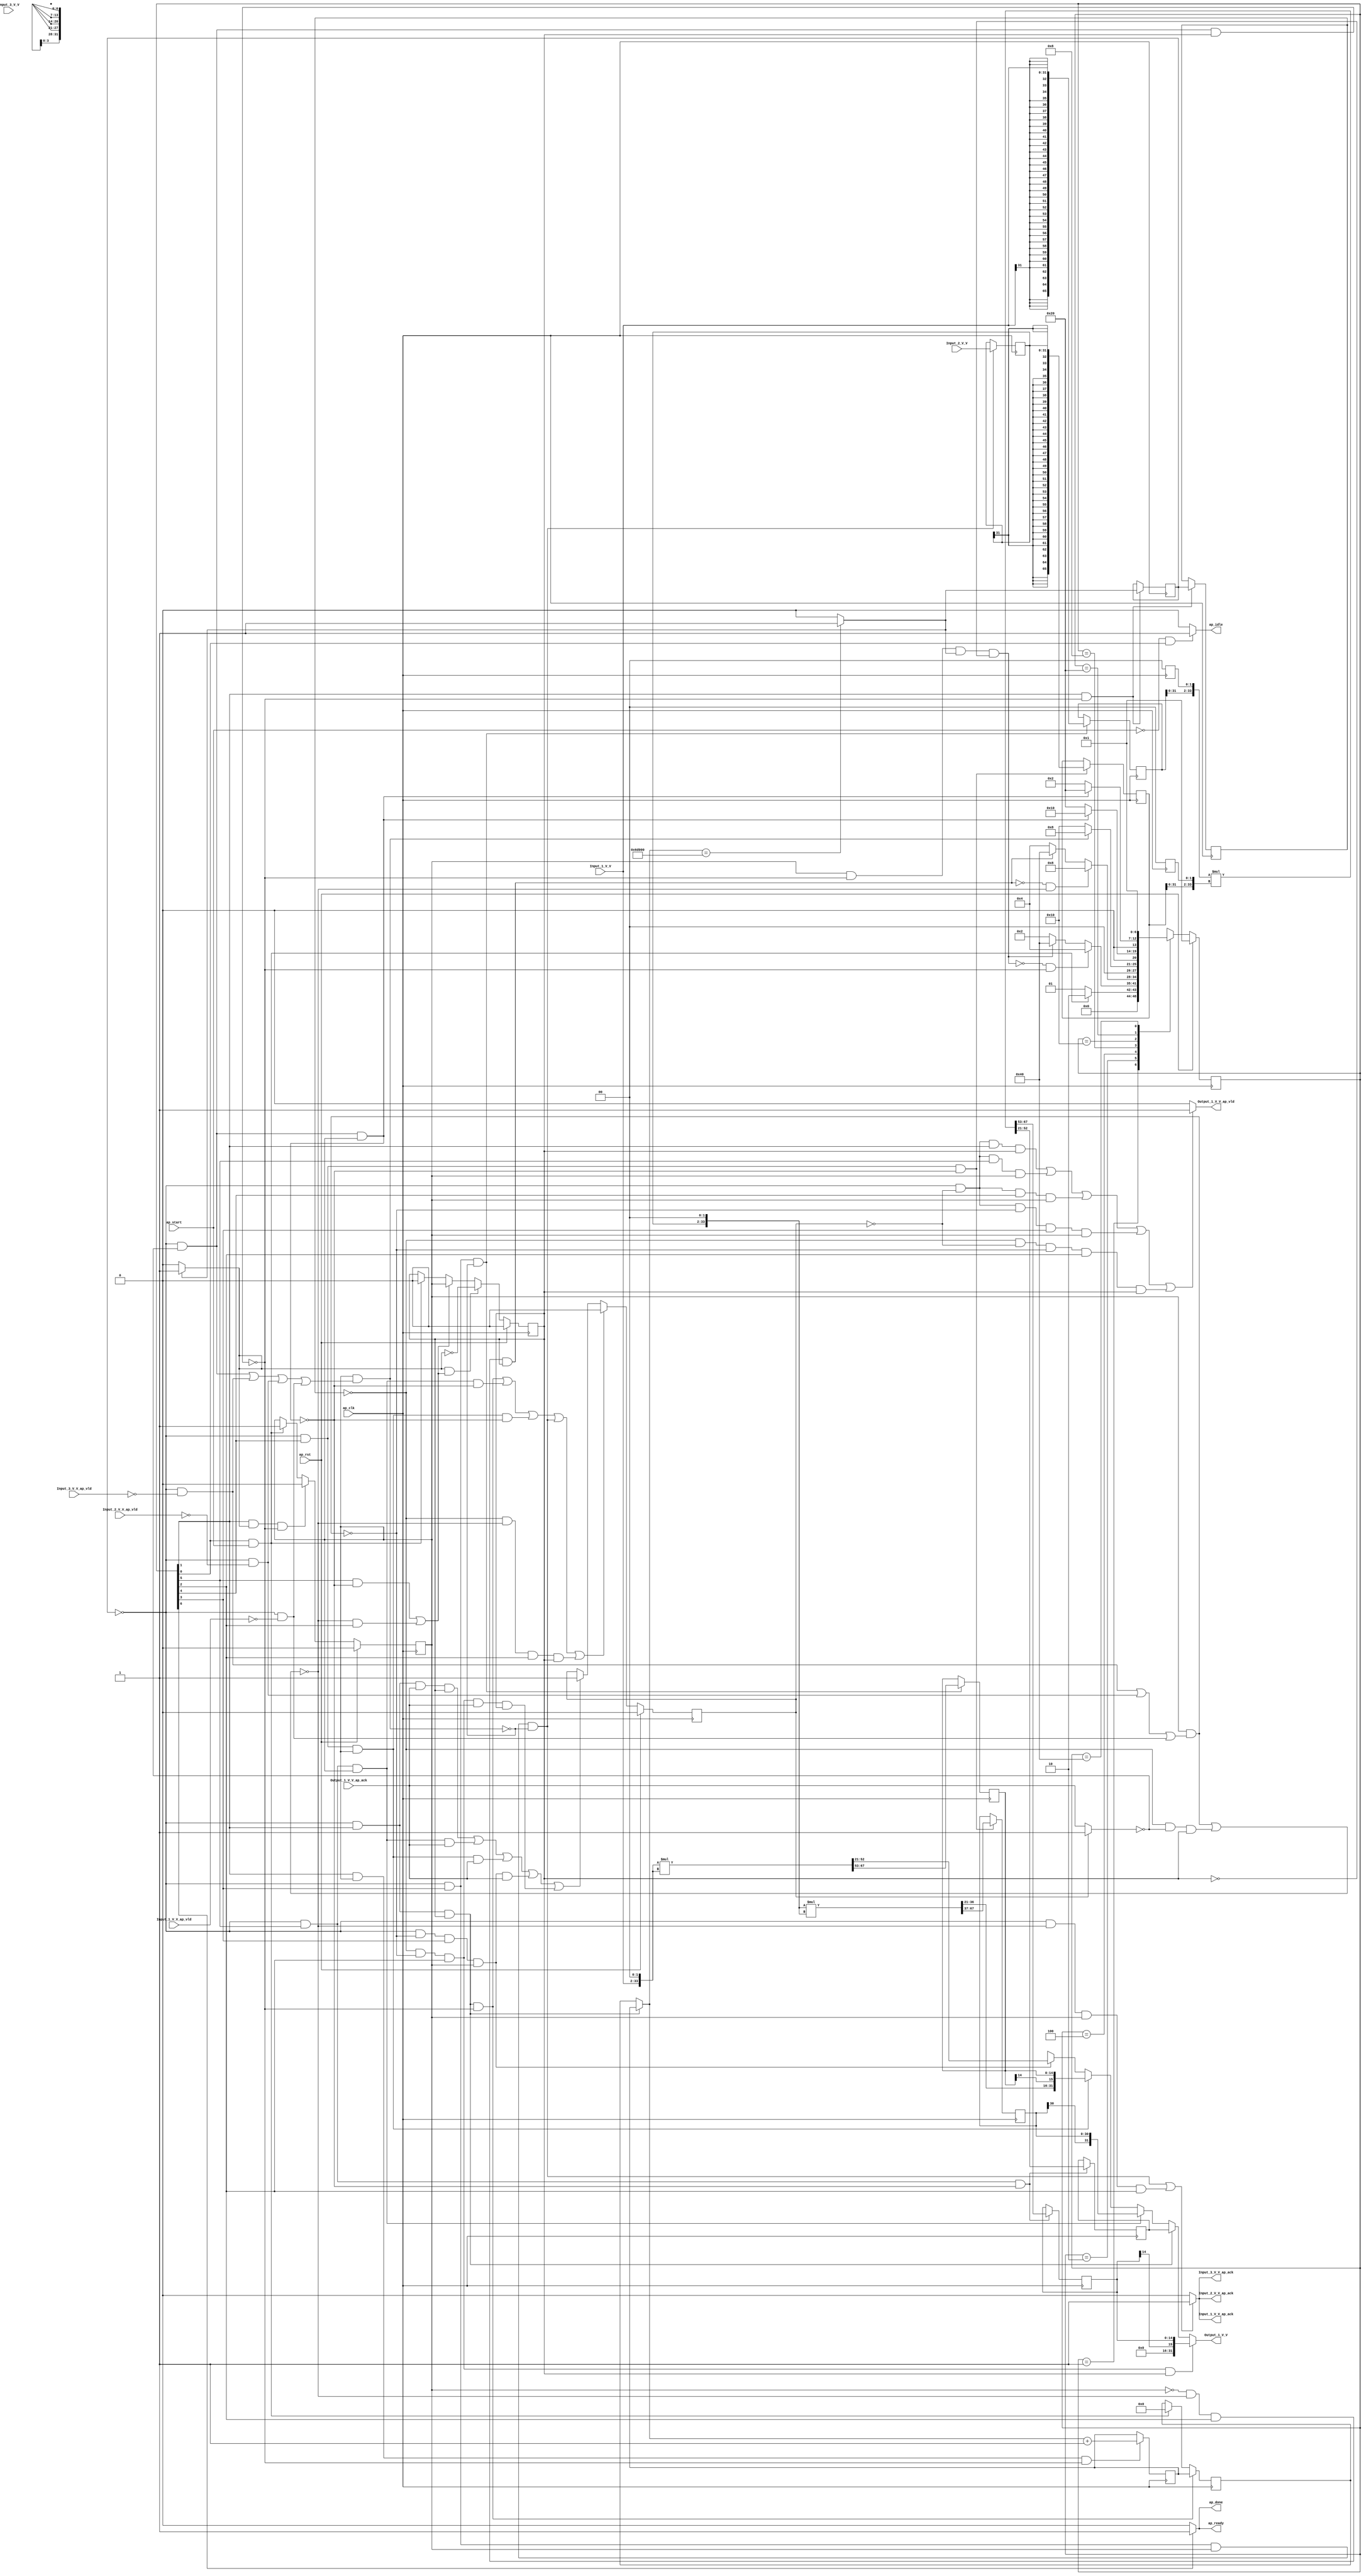
// ==============================================================
// RTL generated by Vivado(TM) HLS - High-Level Synthesis from C, C++ and SystemC
// Version: 2018.2
// Copyright (C) 1986-2018 Xilinx, Inc. All Rights Reserved.
// 
// ===========================================================

`timescale 1 ns / 1 ps 

(* CORE_GENERATION_INFO="outer_product1,hls_ip_2018_2,{HLS_INPUT_TYPE=cxx,HLS_INPUT_FLOAT=0,HLS_INPUT_FIXED=1,HLS_INPUT_PART=xczu9eg-ffvb1156-2-i,HLS_INPUT_CLOCK=10.000000,HLS_INPUT_ARCH=others,HLS_SYN_CLOCK=3.410000,HLS_SYN_LAT=2232323,HLS_SYN_TPT=none,HLS_SYN_MEM=0,HLS_SYN_DSP=12,HLS_SYN_FF=307,HLS_SYN_LUT=286,HLS_VERSION=2018_2}" *)

module outer_product1 (
        ap_clk,
        ap_rst,
        ap_start,
        ap_done,
        ap_idle,
        ap_ready,
        Input_1_V_V,
        Input_1_V_V_ap_vld,
        Input_1_V_V_ap_ack,
        Input_2_V_V,
        Input_2_V_V_ap_vld,
        Input_2_V_V_ap_ack,
        Input_3_V_V,
        Input_3_V_V_ap_vld,
        Input_3_V_V_ap_ack,
        Output_1_V_V,
        Output_1_V_V_ap_vld,
        Output_1_V_V_ap_ack
);

parameter    ap_ST_fsm_state1 = 7'd1;
parameter    ap_ST_fsm_pp0_stage0 = 7'd2;
parameter    ap_ST_fsm_pp0_stage1 = 7'd4;
parameter    ap_ST_fsm_pp0_stage2 = 7'd8;
parameter    ap_ST_fsm_pp0_stage3 = 7'd16;
parameter    ap_ST_fsm_pp0_stage4 = 7'd32;
parameter    ap_ST_fsm_state9 = 7'd64;

input   ap_clk;
input   ap_rst;
input   ap_start;
output   ap_done;
output   ap_idle;
output   ap_ready;
input  [31:0] Input_1_V_V;
input   Input_1_V_V_ap_vld;
output   Input_1_V_V_ap_ack;
input  [31:0] Input_2_V_V;
input   Input_2_V_V_ap_vld;
output   Input_2_V_V_ap_ack;
input  [31:0] Input_3_V_V;
input   Input_3_V_V_ap_vld;
output   Input_3_V_V_ap_ack;
output  [31:0] Output_1_V_V;
output   Output_1_V_V_ap_vld;
input   Output_1_V_V_ap_ack;

reg ap_done;
reg ap_idle;
reg ap_ready;
reg Input_1_V_V_ap_ack;
reg Input_2_V_V_ap_ack;
reg Input_3_V_V_ap_ack;
reg[31:0] Output_1_V_V;
reg Output_1_V_V_ap_vld;

(* fsm_encoding = "none" *) reg   [6:0] ap_CS_fsm;
wire    ap_CS_fsm_state1;
reg    Input_1_V_V_blk_n;
wire    ap_CS_fsm_pp0_stage1;
reg    ap_enable_reg_pp0_iter0;
wire    ap_block_pp0_stage1;
reg   [0:0] exitcond_flatten_reg_250;
wire    ap_CS_fsm_pp0_stage2;
wire    ap_block_pp0_stage2;
reg    Input_2_V_V_blk_n;
reg    Input_3_V_V_blk_n;
reg    Output_1_V_V_blk_n;
wire    ap_CS_fsm_pp0_stage3;
wire    ap_block_pp0_stage3;
wire    ap_CS_fsm_pp0_stage4;
wire    ap_block_pp0_stage4;
wire    ap_CS_fsm_pp0_stage0;
reg    ap_enable_reg_pp0_iter1;
wire    ap_block_pp0_stage0;
reg   [0:0] exitcond_flatten_reg_250_pp0_iter1_reg;
reg   [18:0] indvar_flatten_reg_99;
wire   [0:0] exitcond_flatten_fu_110_p2;
wire    ap_block_state2_pp0_stage0_iter0;
wire    ap_block_state7_pp0_stage0_iter1;
reg    ap_sig_ioackin_Output_1_V_V_ap_ack;
reg    ap_block_state7_io;
reg    ap_block_pp0_stage0_11001;
wire   [18:0] indvar_flatten_next_fu_116_p2;
reg   [18:0] indvar_flatten_next_reg_254;
reg   [31:0] tmp_V_6_reg_259;
reg    ap_block_state4_pp0_stage2_iter0;
reg    ap_block_state4_io;
reg    ap_block_pp0_stage2_11001;
wire  signed [67:0] OP1_V_cast_fu_130_p1;
reg  signed [67:0] OP1_V_cast_reg_264;
reg   [14:0] tmp_reg_269;
wire  signed [67:0] OP1_V_1_cast_fu_168_p1;
reg  signed [67:0] OP1_V_1_cast_reg_274;
wire    ap_block_state5_pp0_stage3_iter0;
reg    ap_block_state5_io;
reg    ap_block_pp0_stage3_11001;
reg   [30:0] tmp_2_reg_279;
reg   [31:0] loc_V_5_reg_284;
wire    ap_block_state6_pp0_stage4_iter0;
reg    ap_block_state6_io;
reg    ap_block_pp0_stage4_11001;
reg   [14:0] tmp_9_reg_289;
reg    ap_block_pp0_stage0_subdone;
reg    ap_condition_pp0_exit_iter0_state2;
reg    ap_block_pp0_stage4_subdone;
reg    ap_block_state3_pp0_stage1_iter0;
wire    ap_block_state8_pp0_stage1_iter1;
reg    ap_block_state8_io;
reg    ap_block_pp0_stage1_subdone;
reg   [18:0] ap_phi_mux_indvar_flatten_phi_fu_103_p4;
reg    ap_block_pp0_stage1_11001;
reg    ap_block_pp0_stage2_01001;
wire   [31:0] loc_V_3_fu_191_p3;
wire    ap_block_pp0_stage3_01001;
wire  signed [31:0] loc_V_4_fu_214_p1;
wire    ap_block_pp0_stage4_01001;
wire    ap_block_pp0_stage0_01001;
wire   [31:0] loc_V_6_fu_241_p3;
reg    ap_block_pp0_stage1_01001;
reg    ap_reg_ioackin_Output_1_V_V_ap_ack;
wire   [33:0] tmp_1_fu_122_p3;
wire  signed [33:0] p_Val2_2_fu_134_p0;
wire  signed [33:0] p_Val2_2_fu_134_p1;
wire   [67:0] p_Val2_2_fu_134_p2;
wire   [33:0] tmp_3_fu_161_p3;
wire  signed [33:0] p_Val2_3_fu_172_p0;
wire  signed [33:0] p_Val2_3_fu_172_p1;
wire   [67:0] p_Val2_3_fu_172_p2;
wire   [15:0] tmp_7_fu_181_p4;
wire  signed [15:0] tmp_6_fu_178_p1;
wire  signed [33:0] p_Val2_4_fu_210_p0;
wire  signed [33:0] p_Val2_4_fu_210_p1;
wire   [67:0] p_Val2_4_fu_210_p2;
wire  signed [15:0] tmp_8_fu_238_p1;
wire    ap_CS_fsm_state9;
reg   [6:0] ap_NS_fsm;
reg    ap_block_pp0_stage2_subdone;
reg    ap_block_pp0_stage3_subdone;
reg    ap_idle_pp0;
wire    ap_enable_pp0;

// power-on initialization
initial begin
#0 ap_CS_fsm = 7'd1;
#0 ap_enable_reg_pp0_iter0 = 1'b0;
#0 ap_enable_reg_pp0_iter1 = 1'b0;
#0 ap_reg_ioackin_Output_1_V_V_ap_ack = 1'b0;
end

always @ (posedge ap_clk) begin
    if (ap_rst == 1'b1) begin
        ap_CS_fsm <= ap_ST_fsm_state1;
    end else begin
        ap_CS_fsm <= ap_NS_fsm;
    end
end

always @ (posedge ap_clk) begin
    if (ap_rst == 1'b1) begin
        ap_enable_reg_pp0_iter0 <= 1'b0;
    end else begin
        if (((1'b1 == ap_CS_fsm_pp0_stage0) & (1'b1 == ap_condition_pp0_exit_iter0_state2) & (1'b0 == ap_block_pp0_stage0_subdone))) begin
            ap_enable_reg_pp0_iter0 <= 1'b0;
        end else if (((1'b1 == ap_CS_fsm_state1) & (ap_start == 1'b1))) begin
            ap_enable_reg_pp0_iter0 <= 1'b1;
        end
    end
end

always @ (posedge ap_clk) begin
    if (ap_rst == 1'b1) begin
        ap_enable_reg_pp0_iter1 <= 1'b0;
    end else begin
        if (((1'b1 == ap_condition_pp0_exit_iter0_state2) & (((1'b1 == ap_CS_fsm_pp0_stage4) & (1'b0 == ap_block_pp0_stage4_subdone)) | ((1'b0 == ap_block_pp0_stage1_subdone) & (1'b1 == ap_CS_fsm_pp0_stage1))))) begin
            ap_enable_reg_pp0_iter1 <= (1'b1 ^ ap_condition_pp0_exit_iter0_state2);
        end else if ((((1'b1 == ap_CS_fsm_pp0_stage4) & (1'b0 == ap_block_pp0_stage4_subdone)) | ((1'b0 == ap_block_pp0_stage1_subdone) & (1'b1 == ap_CS_fsm_pp0_stage1)))) begin
            ap_enable_reg_pp0_iter1 <= ap_enable_reg_pp0_iter0;
        end else if (((1'b1 == ap_CS_fsm_state1) & (ap_start == 1'b1))) begin
            ap_enable_reg_pp0_iter1 <= 1'b0;
        end
    end
end

always @ (posedge ap_clk) begin
    if (ap_rst == 1'b1) begin
        ap_reg_ioackin_Output_1_V_V_ap_ack <= 1'b0;
    end else begin
        if ((((exitcond_flatten_reg_250 == 1'd0) & (1'b1 == ap_CS_fsm_pp0_stage0) & (ap_enable_reg_pp0_iter1 == 1'b1) & (1'b0 == ap_block_pp0_stage0_11001)) | ((exitcond_flatten_reg_250 == 1'd0) & (1'b1 == ap_CS_fsm_pp0_stage4) & (ap_enable_reg_pp0_iter0 == 1'b1) & (1'b0 == ap_block_pp0_stage4_11001)) | ((exitcond_flatten_reg_250 == 1'd0) & (1'b1 == ap_CS_fsm_pp0_stage3) & (ap_enable_reg_pp0_iter0 == 1'b1) & (1'b0 == ap_block_pp0_stage3_11001)) | ((exitcond_flatten_reg_250 == 1'd0) & (1'b1 == ap_CS_fsm_pp0_stage2) & (ap_enable_reg_pp0_iter0 == 1'b1) & (1'b0 == ap_block_pp0_stage2_11001)) | ((exitcond_flatten_reg_250_pp0_iter1_reg == 1'd0) & (1'b0 == ap_block_pp0_stage1_11001) & (1'b1 == ap_CS_fsm_pp0_stage1) & (ap_enable_reg_pp0_iter1 == 1'b1)))) begin
            ap_reg_ioackin_Output_1_V_V_ap_ack <= 1'b0;
        end else if ((((exitcond_flatten_reg_250 == 1'd0) & (1'b0 == ap_block_pp0_stage0_01001) & (1'b1 == ap_CS_fsm_pp0_stage0) & (1'b1 == Output_1_V_V_ap_ack) & (ap_enable_reg_pp0_iter1 == 1'b1)) | ((exitcond_flatten_reg_250 == 1'd0) & (1'b0 == ap_block_pp0_stage4_01001) & (1'b1 == ap_CS_fsm_pp0_stage4) & (ap_enable_reg_pp0_iter0 == 1'b1) & (1'b1 == Output_1_V_V_ap_ack)) | ((exitcond_flatten_reg_250 == 1'd0) & (1'b0 == ap_block_pp0_stage3_01001) & (1'b1 == ap_CS_fsm_pp0_stage3) & (ap_enable_reg_pp0_iter0 == 1'b1) & (1'b1 == Output_1_V_V_ap_ack)) | ((exitcond_flatten_reg_250 == 1'd0) & (1'b0 == ap_block_pp0_stage2_01001) & (1'b1 == ap_CS_fsm_pp0_stage2) & (ap_enable_reg_pp0_iter0 == 1'b1) & (1'b1 == Output_1_V_V_ap_ack)) | ((exitcond_flatten_reg_250_pp0_iter1_reg == 1'd0) & (1'b0 == ap_block_pp0_stage1_01001) & (1'b1 == ap_CS_fsm_pp0_stage1) & (1'b1 == Output_1_V_V_ap_ack) & (ap_enable_reg_pp0_iter1 == 1'b1)))) begin
            ap_reg_ioackin_Output_1_V_V_ap_ack <= 1'b1;
        end
    end
end

always @ (posedge ap_clk) begin
    if (((exitcond_flatten_reg_250 == 1'd0) & (1'b1 == ap_CS_fsm_pp0_stage0) & (ap_enable_reg_pp0_iter1 == 1'b1) & (1'b0 == ap_block_pp0_stage0_11001))) begin
        indvar_flatten_reg_99 <= indvar_flatten_next_reg_254;
    end else if (((1'b1 == ap_CS_fsm_state1) & (ap_start == 1'b1))) begin
        indvar_flatten_reg_99 <= 19'd0;
    end
end

always @ (posedge ap_clk) begin
    if (((exitcond_flatten_reg_250 == 1'd0) & (1'b1 == ap_CS_fsm_pp0_stage3) & (1'b0 == ap_block_pp0_stage3_11001))) begin
        OP1_V_1_cast_reg_274[67 : 2] <= OP1_V_1_cast_fu_168_p1[67 : 2];
        tmp_2_reg_279 <= {{p_Val2_3_fu_172_p2[67:37]}};
    end
end

always @ (posedge ap_clk) begin
    if (((exitcond_flatten_reg_250 == 1'd0) & (1'b1 == ap_CS_fsm_pp0_stage2) & (1'b0 == ap_block_pp0_stage2_11001))) begin
        OP1_V_cast_reg_264[67 : 2] <= OP1_V_cast_fu_130_p1[67 : 2];
        tmp_reg_269 <= {{p_Val2_2_fu_134_p2[67:53]}};
    end
end

always @ (posedge ap_clk) begin
    if (((1'b1 == ap_CS_fsm_pp0_stage0) & (1'b0 == ap_block_pp0_stage0_11001))) begin
        exitcond_flatten_reg_250 <= exitcond_flatten_fu_110_p2;
        exitcond_flatten_reg_250_pp0_iter1_reg <= exitcond_flatten_reg_250;
    end
end

always @ (posedge ap_clk) begin
    if (((1'b1 == ap_CS_fsm_pp0_stage0) & (ap_enable_reg_pp0_iter0 == 1'b1) & (1'b0 == ap_block_pp0_stage0_11001))) begin
        indvar_flatten_next_reg_254 <= indvar_flatten_next_fu_116_p2;
    end
end

always @ (posedge ap_clk) begin
    if (((exitcond_flatten_reg_250 == 1'd0) & (1'b1 == ap_CS_fsm_pp0_stage4) & (1'b0 == ap_block_pp0_stage4_11001))) begin
        loc_V_5_reg_284 <= {{p_Val2_4_fu_210_p2[52:21]}};
        tmp_9_reg_289 <= {{p_Val2_4_fu_210_p2[67:53]}};
    end
end

always @ (posedge ap_clk) begin
    if (((exitcond_flatten_reg_250 == 1'd0) & (1'b1 == ap_CS_fsm_pp0_stage2) & (ap_enable_reg_pp0_iter0 == 1'b1) & (1'b0 == ap_block_pp0_stage2_11001))) begin
        tmp_V_6_reg_259 <= Input_2_V_V;
    end
end

always @ (*) begin
    if ((((exitcond_flatten_reg_250 == 1'd0) & (1'b1 == ap_CS_fsm_pp0_stage2) & (ap_enable_reg_pp0_iter0 == 1'b1) & (1'b0 == ap_block_pp0_stage2_11001)) | ((exitcond_flatten_reg_250 == 1'd0) & (1'b0 == ap_block_pp0_stage1_11001) & (ap_enable_reg_pp0_iter0 == 1'b1) & (1'b1 == ap_CS_fsm_pp0_stage1)))) begin
        Input_1_V_V_ap_ack = 1'b1;
    end else begin
        Input_1_V_V_ap_ack = 1'b0;
    end
end

always @ (*) begin
    if ((((1'b0 == ap_block_pp0_stage2) & (exitcond_flatten_reg_250 == 1'd0) & (1'b1 == ap_CS_fsm_pp0_stage2) & (ap_enable_reg_pp0_iter0 == 1'b1)) | ((exitcond_flatten_reg_250 == 1'd0) & (1'b0 == ap_block_pp0_stage1) & (ap_enable_reg_pp0_iter0 == 1'b1) & (1'b1 == ap_CS_fsm_pp0_stage1)))) begin
        Input_1_V_V_blk_n = Input_1_V_V_ap_vld;
    end else begin
        Input_1_V_V_blk_n = 1'b1;
    end
end

always @ (*) begin
    if ((((exitcond_flatten_reg_250 == 1'd0) & (1'b1 == ap_CS_fsm_pp0_stage2) & (ap_enable_reg_pp0_iter0 == 1'b1) & (1'b0 == ap_block_pp0_stage2_11001)) | ((exitcond_flatten_reg_250 == 1'd0) & (1'b0 == ap_block_pp0_stage1_11001) & (ap_enable_reg_pp0_iter0 == 1'b1) & (1'b1 == ap_CS_fsm_pp0_stage1)))) begin
        Input_2_V_V_ap_ack = 1'b1;
    end else begin
        Input_2_V_V_ap_ack = 1'b0;
    end
end

always @ (*) begin
    if ((((1'b0 == ap_block_pp0_stage2) & (exitcond_flatten_reg_250 == 1'd0) & (1'b1 == ap_CS_fsm_pp0_stage2) & (ap_enable_reg_pp0_iter0 == 1'b1)) | ((exitcond_flatten_reg_250 == 1'd0) & (1'b0 == ap_block_pp0_stage1) & (ap_enable_reg_pp0_iter0 == 1'b1) & (1'b1 == ap_CS_fsm_pp0_stage1)))) begin
        Input_2_V_V_blk_n = Input_2_V_V_ap_vld;
    end else begin
        Input_2_V_V_blk_n = 1'b1;
    end
end

always @ (*) begin
    if ((((exitcond_flatten_reg_250 == 1'd0) & (1'b1 == ap_CS_fsm_pp0_stage2) & (ap_enable_reg_pp0_iter0 == 1'b1) & (1'b0 == ap_block_pp0_stage2_11001)) | ((exitcond_flatten_reg_250 == 1'd0) & (1'b0 == ap_block_pp0_stage1_11001) & (ap_enable_reg_pp0_iter0 == 1'b1) & (1'b1 == ap_CS_fsm_pp0_stage1)))) begin
        Input_3_V_V_ap_ack = 1'b1;
    end else begin
        Input_3_V_V_ap_ack = 1'b0;
    end
end

always @ (*) begin
    if ((((1'b0 == ap_block_pp0_stage2) & (exitcond_flatten_reg_250 == 1'd0) & (1'b1 == ap_CS_fsm_pp0_stage2) & (ap_enable_reg_pp0_iter0 == 1'b1)) | ((exitcond_flatten_reg_250 == 1'd0) & (1'b0 == ap_block_pp0_stage1) & (ap_enable_reg_pp0_iter0 == 1'b1) & (1'b1 == ap_CS_fsm_pp0_stage1)))) begin
        Input_3_V_V_blk_n = Input_3_V_V_ap_vld;
    end else begin
        Input_3_V_V_blk_n = 1'b1;
    end
end

always @ (*) begin
    if (((exitcond_flatten_reg_250_pp0_iter1_reg == 1'd0) & (1'b0 == ap_block_pp0_stage1_01001) & (1'b1 == ap_CS_fsm_pp0_stage1) & (ap_enable_reg_pp0_iter1 == 1'b1))) begin
        Output_1_V_V = loc_V_6_fu_241_p3;
    end else if (((exitcond_flatten_reg_250 == 1'd0) & (1'b0 == ap_block_pp0_stage0_01001) & (1'b1 == ap_CS_fsm_pp0_stage0) & (ap_enable_reg_pp0_iter1 == 1'b1))) begin
        Output_1_V_V = loc_V_5_reg_284;
    end else if (((exitcond_flatten_reg_250 == 1'd0) & (1'b0 == ap_block_pp0_stage4_01001) & (1'b1 == ap_CS_fsm_pp0_stage4) & (ap_enable_reg_pp0_iter0 == 1'b1))) begin
        Output_1_V_V = loc_V_4_fu_214_p1;
    end else if (((exitcond_flatten_reg_250 == 1'd0) & (1'b0 == ap_block_pp0_stage3_01001) & (1'b1 == ap_CS_fsm_pp0_stage3) & (ap_enable_reg_pp0_iter0 == 1'b1))) begin
        Output_1_V_V = loc_V_3_fu_191_p3;
    end else if (((exitcond_flatten_reg_250 == 1'd0) & (1'b0 == ap_block_pp0_stage2_01001) & (1'b1 == ap_CS_fsm_pp0_stage2) & (ap_enable_reg_pp0_iter0 == 1'b1))) begin
        Output_1_V_V = {{p_Val2_2_fu_134_p2[52:21]}};
    end else begin
        Output_1_V_V = 'bx;
    end
end

always @ (*) begin
    if ((((exitcond_flatten_reg_250 == 1'd0) & (ap_reg_ioackin_Output_1_V_V_ap_ack == 1'b0) & (1'b0 == ap_block_pp0_stage0_01001) & (1'b1 == ap_CS_fsm_pp0_stage0) & (ap_enable_reg_pp0_iter1 == 1'b1)) | ((exitcond_flatten_reg_250 == 1'd0) & (ap_reg_ioackin_Output_1_V_V_ap_ack == 1'b0) & (1'b0 == ap_block_pp0_stage4_01001) & (1'b1 == ap_CS_fsm_pp0_stage4) & (ap_enable_reg_pp0_iter0 == 1'b1)) | ((exitcond_flatten_reg_250 == 1'd0) & (ap_reg_ioackin_Output_1_V_V_ap_ack == 1'b0) & (1'b0 == ap_block_pp0_stage3_01001) & (1'b1 == ap_CS_fsm_pp0_stage3) & (ap_enable_reg_pp0_iter0 == 1'b1)) | ((exitcond_flatten_reg_250 == 1'd0) & (ap_reg_ioackin_Output_1_V_V_ap_ack == 1'b0) & (1'b0 == ap_block_pp0_stage2_01001) & (1'b1 == ap_CS_fsm_pp0_stage2) & (ap_enable_reg_pp0_iter0 == 1'b1)) | ((exitcond_flatten_reg_250_pp0_iter1_reg == 1'd0) & (ap_reg_ioackin_Output_1_V_V_ap_ack == 1'b0) & (1'b0 == ap_block_pp0_stage1_01001) & (1'b1 == ap_CS_fsm_pp0_stage1) & (ap_enable_reg_pp0_iter1 == 1'b1)))) begin
        Output_1_V_V_ap_vld = 1'b1;
    end else begin
        Output_1_V_V_ap_vld = 1'b0;
    end
end

always @ (*) begin
    if ((((exitcond_flatten_reg_250 == 1'd0) & (1'b1 == ap_CS_fsm_pp0_stage0) & (ap_enable_reg_pp0_iter1 == 1'b1) & (1'b0 == ap_block_pp0_stage0)) | ((1'b0 == ap_block_pp0_stage4) & (exitcond_flatten_reg_250 == 1'd0) & (1'b1 == ap_CS_fsm_pp0_stage4) & (ap_enable_reg_pp0_iter0 == 1'b1)) | ((1'b0 == ap_block_pp0_stage3) & (exitcond_flatten_reg_250 == 1'd0) & (1'b1 == ap_CS_fsm_pp0_stage3) & (ap_enable_reg_pp0_iter0 == 1'b1)) | ((1'b0 == ap_block_pp0_stage2) & (exitcond_flatten_reg_250 == 1'd0) & (1'b1 == ap_CS_fsm_pp0_stage2) & (ap_enable_reg_pp0_iter0 == 1'b1)) | ((exitcond_flatten_reg_250_pp0_iter1_reg == 1'd0) & (1'b0 == ap_block_pp0_stage1) & (1'b1 == ap_CS_fsm_pp0_stage1) & (ap_enable_reg_pp0_iter1 == 1'b1)))) begin
        Output_1_V_V_blk_n = Output_1_V_V_ap_ack;
    end else begin
        Output_1_V_V_blk_n = 1'b1;
    end
end

always @ (*) begin
    if ((exitcond_flatten_fu_110_p2 == 1'd1)) begin
        ap_condition_pp0_exit_iter0_state2 = 1'b1;
    end else begin
        ap_condition_pp0_exit_iter0_state2 = 1'b0;
    end
end

always @ (*) begin
    if ((1'b1 == ap_CS_fsm_state9)) begin
        ap_done = 1'b1;
    end else begin
        ap_done = 1'b0;
    end
end

always @ (*) begin
    if (((ap_start == 1'b0) & (1'b1 == ap_CS_fsm_state1))) begin
        ap_idle = 1'b1;
    end else begin
        ap_idle = 1'b0;
    end
end

always @ (*) begin
    if (((ap_enable_reg_pp0_iter0 == 1'b0) & (ap_enable_reg_pp0_iter1 == 1'b0))) begin
        ap_idle_pp0 = 1'b1;
    end else begin
        ap_idle_pp0 = 1'b0;
    end
end

always @ (*) begin
    if (((exitcond_flatten_reg_250 == 1'd0) & (1'b1 == ap_CS_fsm_pp0_stage0) & (ap_enable_reg_pp0_iter1 == 1'b1) & (1'b0 == ap_block_pp0_stage0))) begin
        ap_phi_mux_indvar_flatten_phi_fu_103_p4 = indvar_flatten_next_reg_254;
    end else begin
        ap_phi_mux_indvar_flatten_phi_fu_103_p4 = indvar_flatten_reg_99;
    end
end

always @ (*) begin
    if ((1'b1 == ap_CS_fsm_state9)) begin
        ap_ready = 1'b1;
    end else begin
        ap_ready = 1'b0;
    end
end

always @ (*) begin
    if ((ap_reg_ioackin_Output_1_V_V_ap_ack == 1'b0)) begin
        ap_sig_ioackin_Output_1_V_V_ap_ack = Output_1_V_V_ap_ack;
    end else begin
        ap_sig_ioackin_Output_1_V_V_ap_ack = 1'b1;
    end
end

always @ (*) begin
    case (ap_CS_fsm)
        ap_ST_fsm_state1 : begin
            if (((1'b1 == ap_CS_fsm_state1) & (ap_start == 1'b1))) begin
                ap_NS_fsm = ap_ST_fsm_pp0_stage0;
            end else begin
                ap_NS_fsm = ap_ST_fsm_state1;
            end
        end
        ap_ST_fsm_pp0_stage0 : begin
            if ((~((ap_enable_reg_pp0_iter0 == 1'b1) & (1'b0 == ap_block_pp0_stage0_subdone) & (exitcond_flatten_fu_110_p2 == 1'd1) & (ap_enable_reg_pp0_iter1 == 1'b0)) & (1'b0 == ap_block_pp0_stage0_subdone))) begin
                ap_NS_fsm = ap_ST_fsm_pp0_stage1;
            end else if (((ap_enable_reg_pp0_iter0 == 1'b1) & (1'b0 == ap_block_pp0_stage0_subdone) & (exitcond_flatten_fu_110_p2 == 1'd1) & (ap_enable_reg_pp0_iter1 == 1'b0))) begin
                ap_NS_fsm = ap_ST_fsm_state9;
            end else begin
                ap_NS_fsm = ap_ST_fsm_pp0_stage0;
            end
        end
        ap_ST_fsm_pp0_stage1 : begin
            if ((~((ap_enable_reg_pp0_iter0 == 1'b0) & (1'b0 == ap_block_pp0_stage1_subdone) & (1'b1 == ap_CS_fsm_pp0_stage1) & (ap_enable_reg_pp0_iter1 == 1'b1)) & (1'b0 == ap_block_pp0_stage1_subdone))) begin
                ap_NS_fsm = ap_ST_fsm_pp0_stage2;
            end else if (((ap_enable_reg_pp0_iter0 == 1'b0) & (1'b0 == ap_block_pp0_stage1_subdone) & (1'b1 == ap_CS_fsm_pp0_stage1) & (ap_enable_reg_pp0_iter1 == 1'b1))) begin
                ap_NS_fsm = ap_ST_fsm_state9;
            end else begin
                ap_NS_fsm = ap_ST_fsm_pp0_stage1;
            end
        end
        ap_ST_fsm_pp0_stage2 : begin
            if ((1'b0 == ap_block_pp0_stage2_subdone)) begin
                ap_NS_fsm = ap_ST_fsm_pp0_stage3;
            end else begin
                ap_NS_fsm = ap_ST_fsm_pp0_stage2;
            end
        end
        ap_ST_fsm_pp0_stage3 : begin
            if ((1'b0 == ap_block_pp0_stage3_subdone)) begin
                ap_NS_fsm = ap_ST_fsm_pp0_stage4;
            end else begin
                ap_NS_fsm = ap_ST_fsm_pp0_stage3;
            end
        end
        ap_ST_fsm_pp0_stage4 : begin
            if ((1'b0 == ap_block_pp0_stage4_subdone)) begin
                ap_NS_fsm = ap_ST_fsm_pp0_stage0;
            end else begin
                ap_NS_fsm = ap_ST_fsm_pp0_stage4;
            end
        end
        ap_ST_fsm_state9 : begin
            ap_NS_fsm = ap_ST_fsm_state1;
        end
        default : begin
            ap_NS_fsm = 'bx;
        end
    endcase
end

assign OP1_V_1_cast_fu_168_p1 = $signed(tmp_3_fu_161_p3);

assign OP1_V_cast_fu_130_p1 = $signed(tmp_1_fu_122_p3);

assign ap_CS_fsm_pp0_stage0 = ap_CS_fsm[32'd1];

assign ap_CS_fsm_pp0_stage1 = ap_CS_fsm[32'd2];

assign ap_CS_fsm_pp0_stage2 = ap_CS_fsm[32'd3];

assign ap_CS_fsm_pp0_stage3 = ap_CS_fsm[32'd4];

assign ap_CS_fsm_pp0_stage4 = ap_CS_fsm[32'd5];

assign ap_CS_fsm_state1 = ap_CS_fsm[32'd0];

assign ap_CS_fsm_state9 = ap_CS_fsm[32'd6];

assign ap_block_pp0_stage0 = ~(1'b1 == 1'b1);

assign ap_block_pp0_stage0_01001 = ~(1'b1 == 1'b1);

always @ (*) begin
    ap_block_pp0_stage0_11001 = ((1'b1 == ap_block_state7_io) & (ap_enable_reg_pp0_iter1 == 1'b1));
end

always @ (*) begin
    ap_block_pp0_stage0_subdone = ((1'b1 == ap_block_state7_io) & (ap_enable_reg_pp0_iter1 == 1'b1));
end

assign ap_block_pp0_stage1 = ~(1'b1 == 1'b1);

always @ (*) begin
    ap_block_pp0_stage1_01001 = ((ap_enable_reg_pp0_iter0 == 1'b1) & (((exitcond_flatten_reg_250 == 1'd0) & (1'b0 == Input_3_V_V_ap_vld)) | ((exitcond_flatten_reg_250 == 1'd0) & (1'b0 == Input_2_V_V_ap_vld)) | ((exitcond_flatten_reg_250 == 1'd0) & (1'b0 == Input_1_V_V_ap_vld))));
end

always @ (*) begin
    ap_block_pp0_stage1_11001 = (((ap_enable_reg_pp0_iter0 == 1'b1) & (((exitcond_flatten_reg_250 == 1'd0) & (1'b0 == Input_3_V_V_ap_vld)) | ((exitcond_flatten_reg_250 == 1'd0) & (1'b0 == Input_2_V_V_ap_vld)) | ((exitcond_flatten_reg_250 == 1'd0) & (1'b0 == Input_1_V_V_ap_vld)))) | ((1'b1 == ap_block_state8_io) & (ap_enable_reg_pp0_iter1 == 1'b1)));
end

always @ (*) begin
    ap_block_pp0_stage1_subdone = (((ap_enable_reg_pp0_iter0 == 1'b1) & (((exitcond_flatten_reg_250 == 1'd0) & (1'b0 == Input_3_V_V_ap_vld)) | ((exitcond_flatten_reg_250 == 1'd0) & (1'b0 == Input_2_V_V_ap_vld)) | ((exitcond_flatten_reg_250 == 1'd0) & (1'b0 == Input_1_V_V_ap_vld)))) | ((1'b1 == ap_block_state8_io) & (ap_enable_reg_pp0_iter1 == 1'b1)));
end

assign ap_block_pp0_stage2 = ~(1'b1 == 1'b1);

always @ (*) begin
    ap_block_pp0_stage2_01001 = ((ap_enable_reg_pp0_iter0 == 1'b1) & (((exitcond_flatten_reg_250 == 1'd0) & (1'b0 == Input_3_V_V_ap_vld)) | ((exitcond_flatten_reg_250 == 1'd0) & (1'b0 == Input_2_V_V_ap_vld)) | ((exitcond_flatten_reg_250 == 1'd0) & (1'b0 == Input_1_V_V_ap_vld))));
end

always @ (*) begin
    ap_block_pp0_stage2_11001 = ((ap_enable_reg_pp0_iter0 == 1'b1) & ((1'b1 == ap_block_state4_io) | ((exitcond_flatten_reg_250 == 1'd0) & (1'b0 == Input_3_V_V_ap_vld)) | ((exitcond_flatten_reg_250 == 1'd0) & (1'b0 == Input_2_V_V_ap_vld)) | ((exitcond_flatten_reg_250 == 1'd0) & (1'b0 == Input_1_V_V_ap_vld))));
end

always @ (*) begin
    ap_block_pp0_stage2_subdone = ((ap_enable_reg_pp0_iter0 == 1'b1) & ((1'b1 == ap_block_state4_io) | ((exitcond_flatten_reg_250 == 1'd0) & (1'b0 == Input_3_V_V_ap_vld)) | ((exitcond_flatten_reg_250 == 1'd0) & (1'b0 == Input_2_V_V_ap_vld)) | ((exitcond_flatten_reg_250 == 1'd0) & (1'b0 == Input_1_V_V_ap_vld))));
end

assign ap_block_pp0_stage3 = ~(1'b1 == 1'b1);

assign ap_block_pp0_stage3_01001 = ~(1'b1 == 1'b1);

always @ (*) begin
    ap_block_pp0_stage3_11001 = ((1'b1 == ap_block_state5_io) & (ap_enable_reg_pp0_iter0 == 1'b1));
end

always @ (*) begin
    ap_block_pp0_stage3_subdone = ((1'b1 == ap_block_state5_io) & (ap_enable_reg_pp0_iter0 == 1'b1));
end

assign ap_block_pp0_stage4 = ~(1'b1 == 1'b1);

assign ap_block_pp0_stage4_01001 = ~(1'b1 == 1'b1);

always @ (*) begin
    ap_block_pp0_stage4_11001 = ((1'b1 == ap_block_state6_io) & (ap_enable_reg_pp0_iter0 == 1'b1));
end

always @ (*) begin
    ap_block_pp0_stage4_subdone = ((1'b1 == ap_block_state6_io) & (ap_enable_reg_pp0_iter0 == 1'b1));
end

assign ap_block_state2_pp0_stage0_iter0 = ~(1'b1 == 1'b1);

always @ (*) begin
    ap_block_state3_pp0_stage1_iter0 = (((exitcond_flatten_reg_250 == 1'd0) & (1'b0 == Input_3_V_V_ap_vld)) | ((exitcond_flatten_reg_250 == 1'd0) & (1'b0 == Input_2_V_V_ap_vld)) | ((exitcond_flatten_reg_250 == 1'd0) & (1'b0 == Input_1_V_V_ap_vld)));
end

always @ (*) begin
    ap_block_state4_io = ((exitcond_flatten_reg_250 == 1'd0) & (ap_sig_ioackin_Output_1_V_V_ap_ack == 1'b0));
end

always @ (*) begin
    ap_block_state4_pp0_stage2_iter0 = (((exitcond_flatten_reg_250 == 1'd0) & (1'b0 == Input_3_V_V_ap_vld)) | ((exitcond_flatten_reg_250 == 1'd0) & (1'b0 == Input_2_V_V_ap_vld)) | ((exitcond_flatten_reg_250 == 1'd0) & (1'b0 == Input_1_V_V_ap_vld)));
end

always @ (*) begin
    ap_block_state5_io = ((exitcond_flatten_reg_250 == 1'd0) & (ap_sig_ioackin_Output_1_V_V_ap_ack == 1'b0));
end

assign ap_block_state5_pp0_stage3_iter0 = ~(1'b1 == 1'b1);

always @ (*) begin
    ap_block_state6_io = ((exitcond_flatten_reg_250 == 1'd0) & (ap_sig_ioackin_Output_1_V_V_ap_ack == 1'b0));
end

assign ap_block_state6_pp0_stage4_iter0 = ~(1'b1 == 1'b1);

always @ (*) begin
    ap_block_state7_io = ((exitcond_flatten_reg_250 == 1'd0) & (ap_sig_ioackin_Output_1_V_V_ap_ack == 1'b0));
end

assign ap_block_state7_pp0_stage0_iter1 = ~(1'b1 == 1'b1);

always @ (*) begin
    ap_block_state8_io = ((exitcond_flatten_reg_250_pp0_iter1_reg == 1'd0) & (ap_sig_ioackin_Output_1_V_V_ap_ack == 1'b0));
end

assign ap_block_state8_pp0_stage1_iter1 = ~(1'b1 == 1'b1);

assign ap_enable_pp0 = (ap_idle_pp0 ^ 1'b1);

assign exitcond_flatten_fu_110_p2 = ((ap_phi_mux_indvar_flatten_phi_fu_103_p4 == 19'd446464) ? 1'b1 : 1'b0);

assign indvar_flatten_next_fu_116_p2 = (ap_phi_mux_indvar_flatten_phi_fu_103_p4 + 19'd1);

assign loc_V_3_fu_191_p3 = {{tmp_7_fu_181_p4}, {tmp_6_fu_178_p1}};

assign loc_V_4_fu_214_p1 = $signed(tmp_2_reg_279);

assign loc_V_6_fu_241_p3 = {{16'd0}, {tmp_8_fu_238_p1}};

assign p_Val2_2_fu_134_p0 = OP1_V_cast_fu_130_p1;

assign p_Val2_2_fu_134_p1 = OP1_V_cast_fu_130_p1;

assign p_Val2_2_fu_134_p2 = ($signed(p_Val2_2_fu_134_p0) * $signed(p_Val2_2_fu_134_p1));

assign p_Val2_3_fu_172_p0 = OP1_V_1_cast_fu_168_p1;

assign p_Val2_3_fu_172_p1 = OP1_V_1_cast_fu_168_p1;

assign p_Val2_3_fu_172_p2 = ($signed(p_Val2_3_fu_172_p0) * $signed(p_Val2_3_fu_172_p1));

assign p_Val2_4_fu_210_p0 = OP1_V_cast_reg_264;

assign p_Val2_4_fu_210_p1 = OP1_V_1_cast_reg_274;

assign p_Val2_4_fu_210_p2 = ($signed(p_Val2_4_fu_210_p0) * $signed(p_Val2_4_fu_210_p1));

assign tmp_1_fu_122_p3 = {{Input_1_V_V}, {2'd0}};

assign tmp_3_fu_161_p3 = {{tmp_V_6_reg_259}, {2'd0}};

assign tmp_6_fu_178_p1 = $signed(tmp_reg_269);

assign tmp_7_fu_181_p4 = {{p_Val2_3_fu_172_p2[36:21]}};

assign tmp_8_fu_238_p1 = $signed(tmp_9_reg_289);

always @ (posedge ap_clk) begin
    OP1_V_cast_reg_264[1:0] <= 2'b00;
    OP1_V_1_cast_reg_274[1:0] <= 2'b00;
end

endmodule //outer_product1